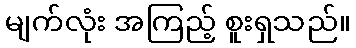
မျက်လုံး အကြည့် စူးရှသည်။